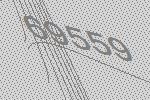
69559